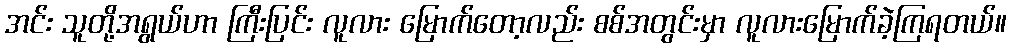
အင်း သူတို့အရွယ်ဟာ ကြီးပြင်း လူလား မြောက်တော့လည်း စစ်အတွင်းမှာ လူလားမြောက်ခဲ့ကြရတယ်။